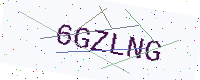
Text: 6GZLNG